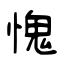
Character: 愧